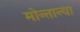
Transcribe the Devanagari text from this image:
मोन्तान्या